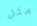
مثل